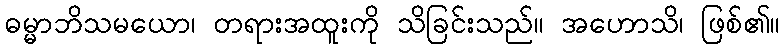
ဓမ္မာဘိသမယော၊ တရားအထူးကို သိခြင်းသည်။ အဟောသိ၊ ဖြစ်၏။